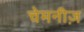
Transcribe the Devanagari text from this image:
चेमनीज़